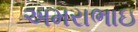
અમરાભાઇ